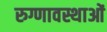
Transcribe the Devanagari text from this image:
रुग्णावस्थाओं